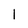
Character: 1